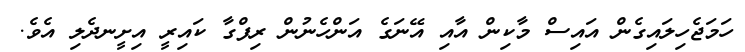
ހަމަޖެހިލައިގެން އައިސް މާކިން އާއި އޭނަގެ އަންހެނުން ރިފްގާ ކައިރީ އިށީނދެލި އެވެ.